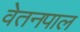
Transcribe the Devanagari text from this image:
वेतनपाल